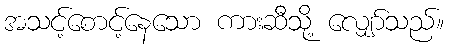
အသင့်စောင့်နေသော ကားဆီသို့ လျှော်သည်။